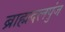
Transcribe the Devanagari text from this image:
ब्राह्मदलपुंज